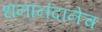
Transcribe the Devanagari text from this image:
धनानंदानेच